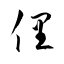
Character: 俚